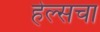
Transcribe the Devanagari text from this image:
हेल्सचा